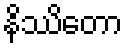
နိဿိတော